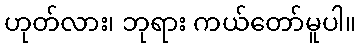
ဟုတ်လား၊ ဘုရား ကယ်တော်မူပါ။